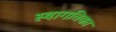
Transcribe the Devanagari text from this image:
स्वागतिका